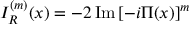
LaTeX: I _ { R } ^ { ( m ) } ( x ) = - 2 \, \mathrm { I m } \, [ - i \Pi ( x ) ] ^ { m }